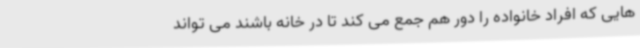
هایی که افراد خانواده را دور هم جمع می کند تا در خانه باشند می تواند